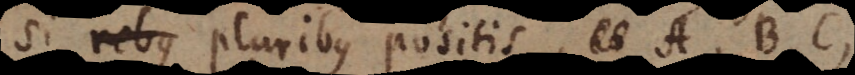
Si rebus pluribus positis, A, B,